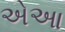
એઆ